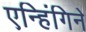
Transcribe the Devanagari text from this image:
एन्हिंगिने